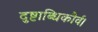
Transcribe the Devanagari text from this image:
दुष्टाब्धिकौर्व।